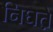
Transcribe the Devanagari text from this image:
निघत़े